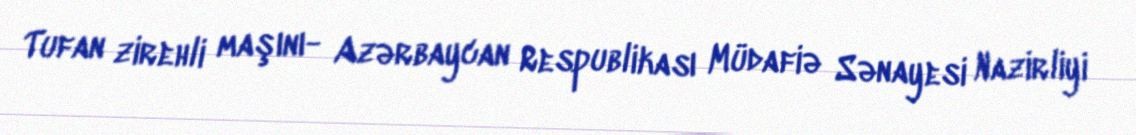
Tufan zirehli maşını- Azərbaycan Respublikası Müdafiə Sənayesi Nazirliyi